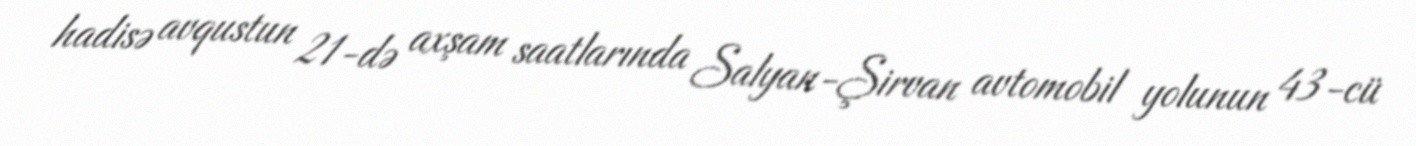
hadisə avqustun 21-də axşam saatlarında Salyan-Şirvan avtomobil yolunun 43-cü